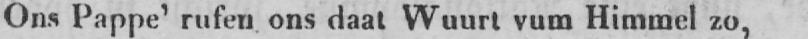
Ons Pappe’ rufen ons daat Wuurt vum Himmel zo,